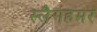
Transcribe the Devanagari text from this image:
स्लैगहमर